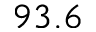
9 3 . 6